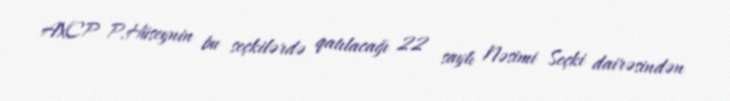
AXCP P.Hüseynin bu seçkilərdə qatılacağı 22 saylı Nəsimi Seçki dairəsindən